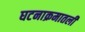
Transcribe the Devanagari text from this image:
घटनाक्रमातली